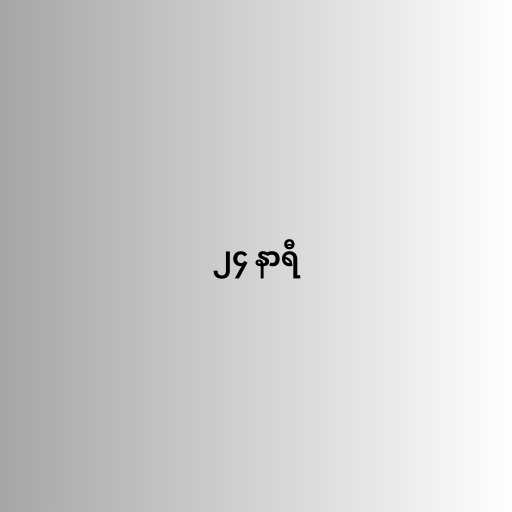
၂၄ နာရီ